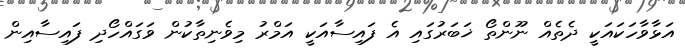
އަޅާވާހަކައަކީ ދެތެއް ނޫންތޯ ޚަބަރުގައި އެ ފައިސާއަކީ އަމްރު މިވެނިތާކުން ވަގައްހޯދި ފައިސާއިން